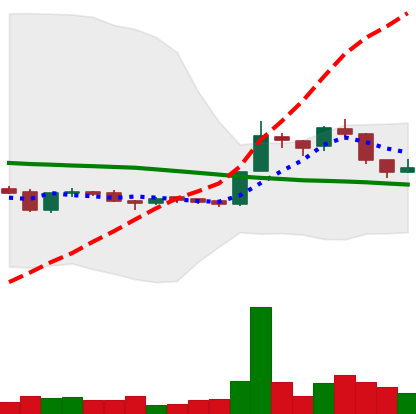
Ticker: LTC-USD
Chart end date: 2015-12-03
Forward return: 9.161%
Label: up_7plus